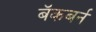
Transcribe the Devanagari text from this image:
बॅकबर्न